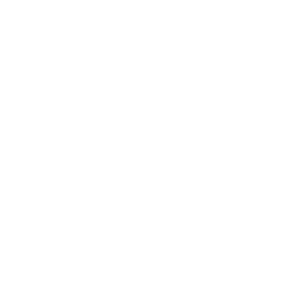
SMILES: CC1=C2[OH+][AlH3-3]34([O+]=C2C=CN1C)([O+]=C1C=CN(C)C(C)=C1[OH+]3)[O+]=C1C=CN(C)C(C)=C1[OH+]4
Inhibits HIV replication: No